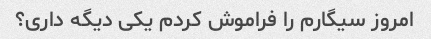
امروز سیگارم را فراموش کردم یکی دیگه داری؟